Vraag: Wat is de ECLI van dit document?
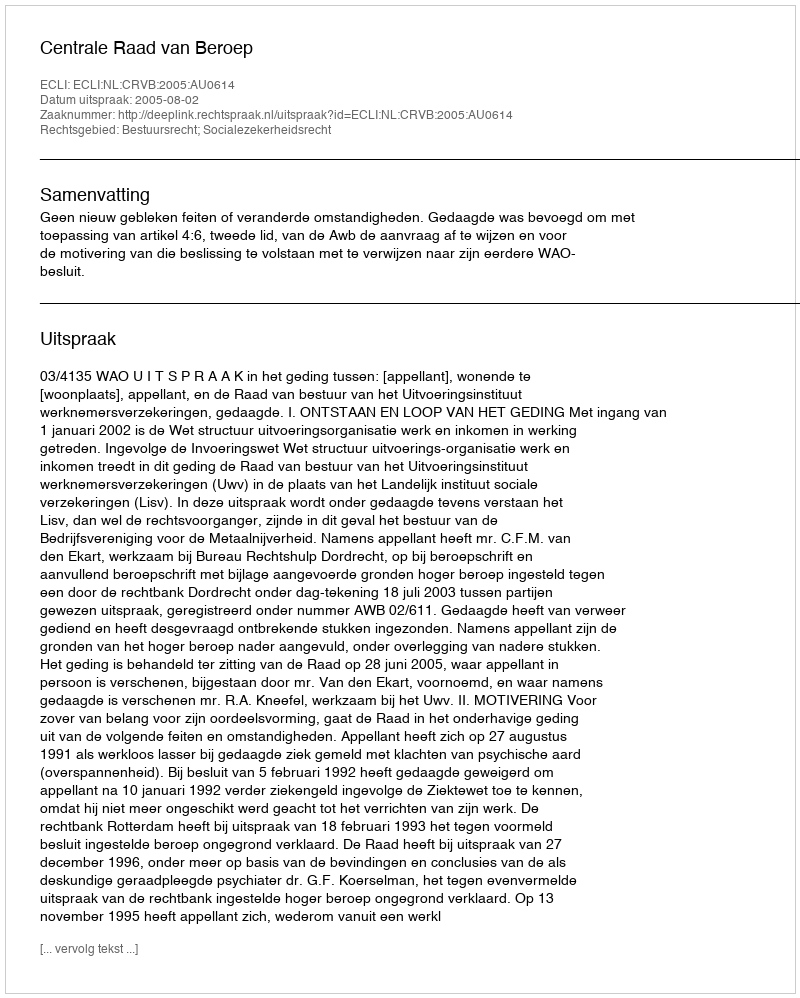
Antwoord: ECLI:NL:CRVB:2005:AU0614